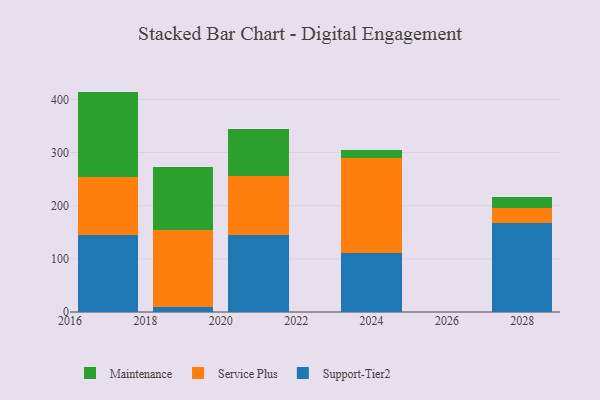
{"axis": {"x": "Year", "y": "Revenue (USD Million)"}, "legend": ["Maintenance", "Service Plus", "Support-Tier2"], "data": [{"x": "2028", "y": 166.8, "type": "Support-Tier2"}, {"x": "2028", "y": 29.2, "type": "Service Plus"}, {"x": "2028", "y": 19.7, "type": "Maintenance"}, {"x": "2021", "y": 144.5, "type": "Support-Tier2"}, {"x": "2021", "y": 111.1, "type": "Service Plus"}, {"x": "2021", "y": 88.0, "type": "Maintenance"}, {"x": "2017", "y": 145.6, "type": "Support-Tier2"}, {"x": "2017", "y": 108.3, "type": "Service Plus"}, {"x": "2017", "y": 160.6, "type": "Maintenance"}, {"x": "2024", "y": 110.8, "type": "Support-Tier2"}, {"x": "2024", "y": 178.2, "type": "Service Plus"}, {"x": "2024", "y": 15.5, "type": "Maintenance"}, {"x": "2019", "y": 8.9, "type": "Support-Tier2"}, {"x": "2019", "y": 144.4, "type": "Service Plus"}, {"x": "2019", "y": 119.6, "type": "Maintenance"}]}